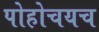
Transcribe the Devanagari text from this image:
पोहोचयच